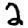
Digit: 2